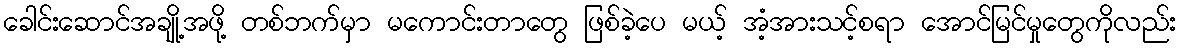
ခေါင်းဆောင်အချို့အဖို့ တစ်ဘက်မှာ မကောင်းတာတွေ ဖြစ်ခဲ့ပေ မယ့် အံ့အားသင့်စရာ အောင်မြင်မှုတွေကိုလည်း